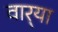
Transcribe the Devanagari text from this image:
वार्‍या